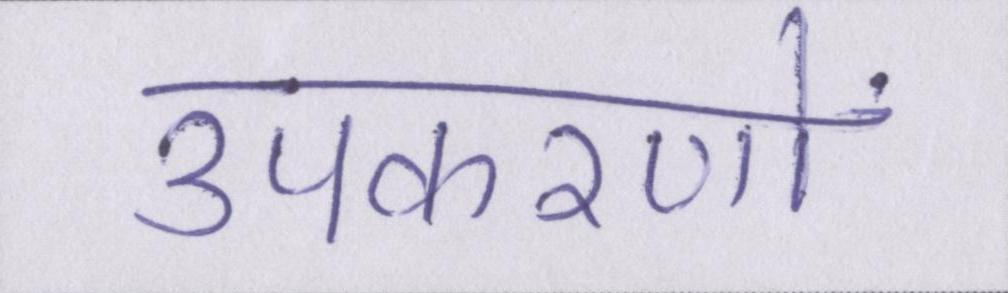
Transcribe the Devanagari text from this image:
उपकरणों